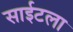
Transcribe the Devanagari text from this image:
साईटला